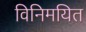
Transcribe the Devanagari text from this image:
विनिमयित